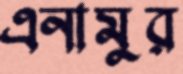
এনামুর